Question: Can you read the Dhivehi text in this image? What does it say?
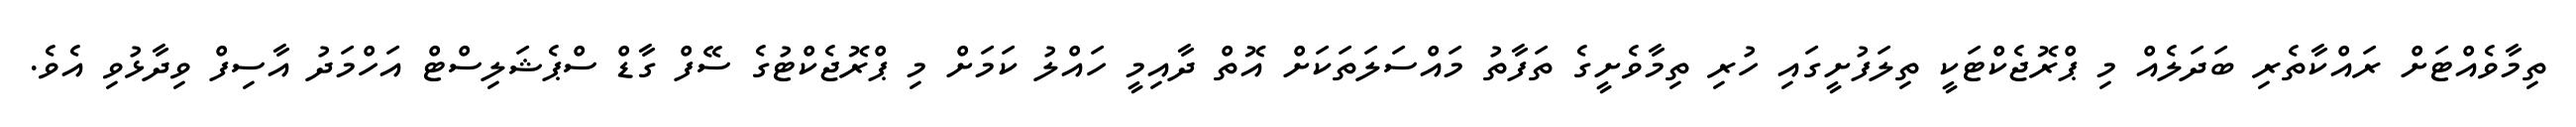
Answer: ތިމާވެއްޓަށް ރައްކާތެރި ބަދަލެއް މި ޕްރޮޖެކްޓަކީ ތިލަފުށީގައި ހުރި ތިމާވެށީގެ ތަފާތު މައްސަލަތަކަށް އޮތް ދާއިމީ ހައްލު ކަމަށް މި ޕްރޮޖެކްޓުގެ ސޭފް ގާޑް ސްޕެޝަލިސްޓް އަހްމަދު އާސިފް ވިދާޅުވި އެވެ.